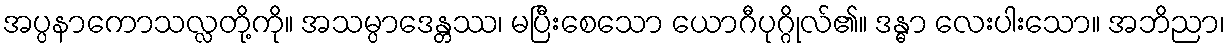
အပ္ပနာကောသလ္လတို့ကို။ အသမ္ပာဒေန္တဿ၊ မပြီးစေသော ယောဂီပုဂ္ဂိုလ်၏။ ဒန္ဓာ လေးပါးသော။ အဘိညာ၊